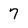
Character: 7